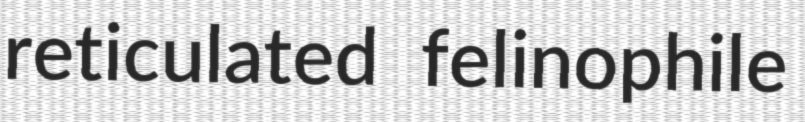
reticulated felinophile